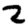
Digit: 2